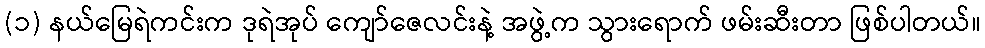
(၁) နယ်မြေရဲကင်းက ဒုရဲအုပ် ကျော်ဇေလင်းနဲ့ အဖွဲ့က သွားရောက် ဖမ်းဆီးတာ ဖြစ်ပါတယ်။